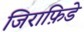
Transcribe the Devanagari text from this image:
जिराफ़िडे